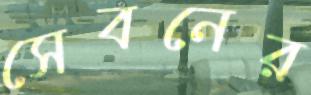
সেবনের